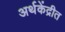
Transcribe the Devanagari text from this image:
अर्थकेंद्रीत